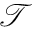
\mathcal { T }